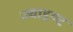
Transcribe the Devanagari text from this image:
ज्वाइण्ट